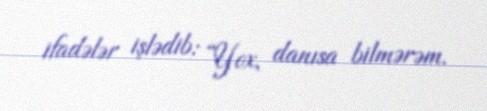
ifadələr işlədib: “Yox, danısa bilmərəm.